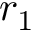
r _ { 1 }